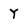
Character: Y